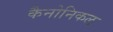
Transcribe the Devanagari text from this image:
कैनोनिकल